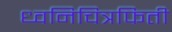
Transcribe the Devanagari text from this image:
ध्वनिचित्रफिती